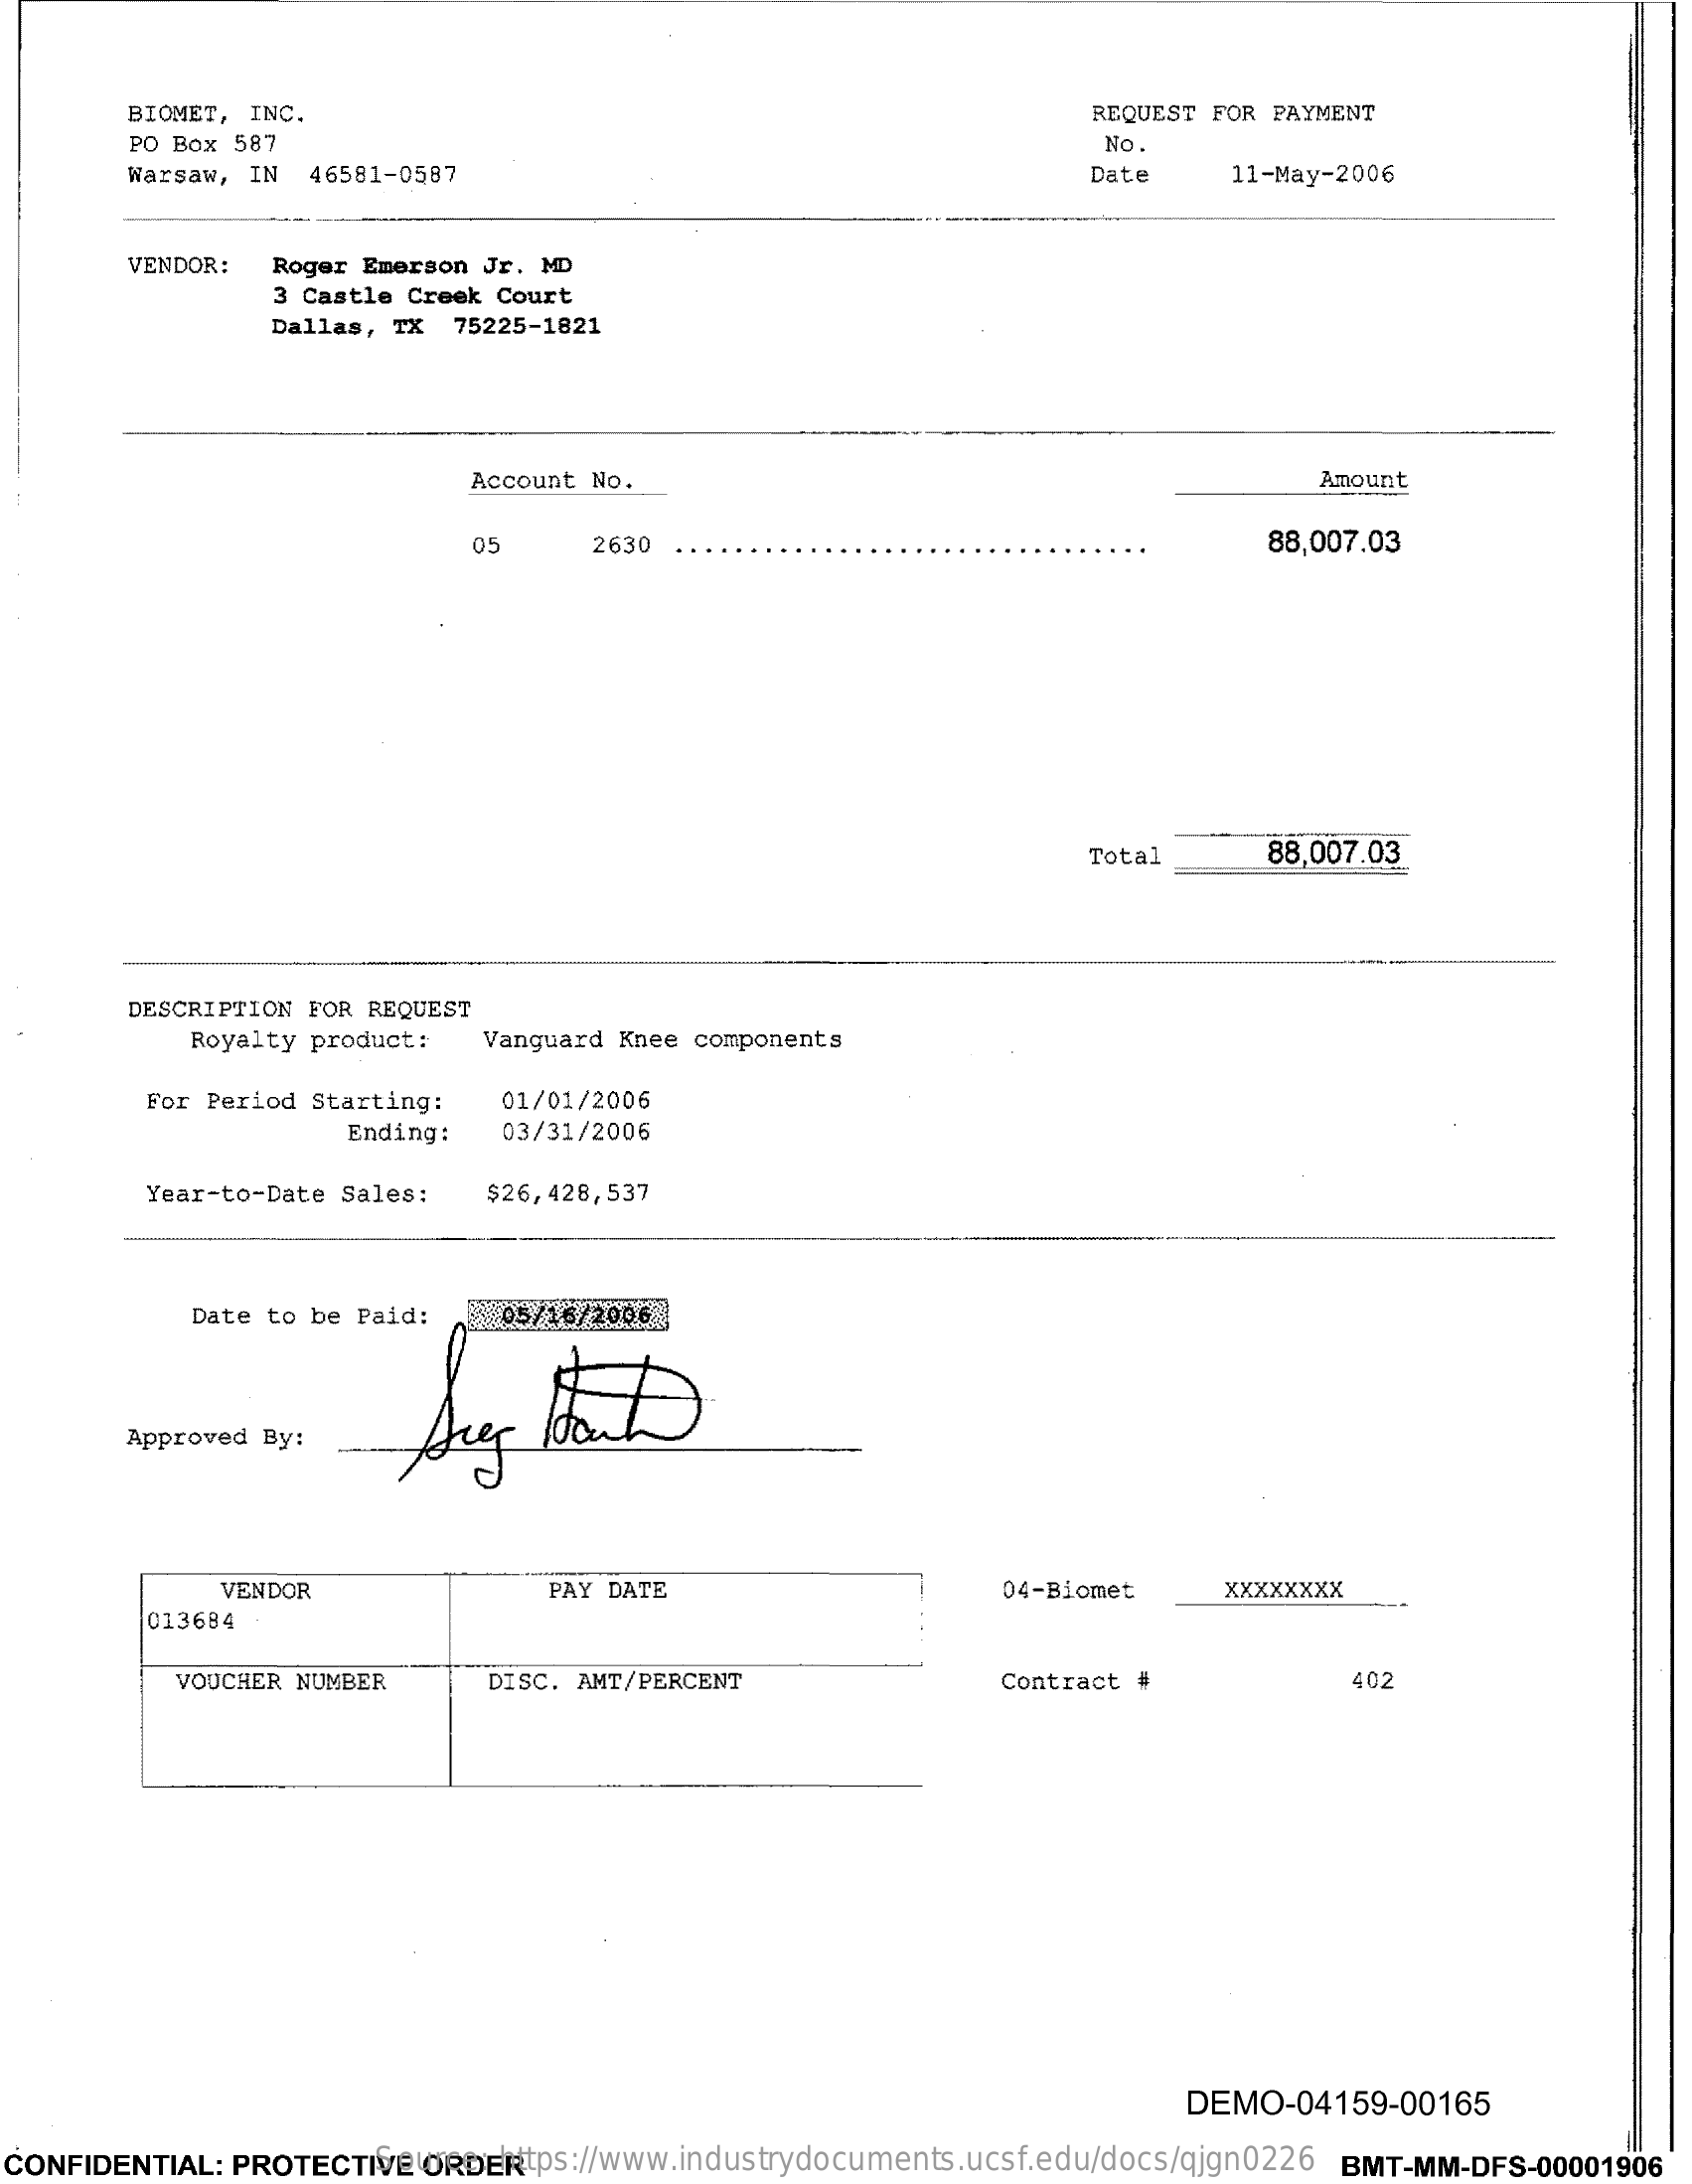
BIOMET, INC.    REQUEST FOR PAYMENT
     PO Box 587    No.
     Warsaw, IN  46581-0587    Date    11-May-2006
     VENDOR:  Roger Emerson Jr. MD
     3 Castle Creek Court
     Dallas, TX 75225-1821
     Account No.    Amount
     05    2630    88,007.03
     Total    88,007.03
     DESCRIPTION FOR REQUEST
     Royalty product:  Vanguard Knee components
     For Period Starting:  01/01/2006
     Ending:   03/31/2006
     Year-to-Date Sales:  $26,428,537
     Date to be Paid:    05/26/2006
     Approved By:
     VENDOR    PAY DATE    04-Biomet    XXXXXXXX
     013684
     VOUCHER NUMBER    DISC. AMT/PERCENT    Contract #    402
     DEMO-04159-00165
  CONFIDENTIAL: PROTECTIVE ORDER Source: https://www.industrydocuments.ucsf.edu/docs/qjgn0226 BMT-MM-DFS-00001906